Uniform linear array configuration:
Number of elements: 32
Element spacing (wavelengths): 0.25
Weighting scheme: uniform
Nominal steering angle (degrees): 60
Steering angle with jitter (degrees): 59.301
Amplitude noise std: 0.05
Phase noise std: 0.05

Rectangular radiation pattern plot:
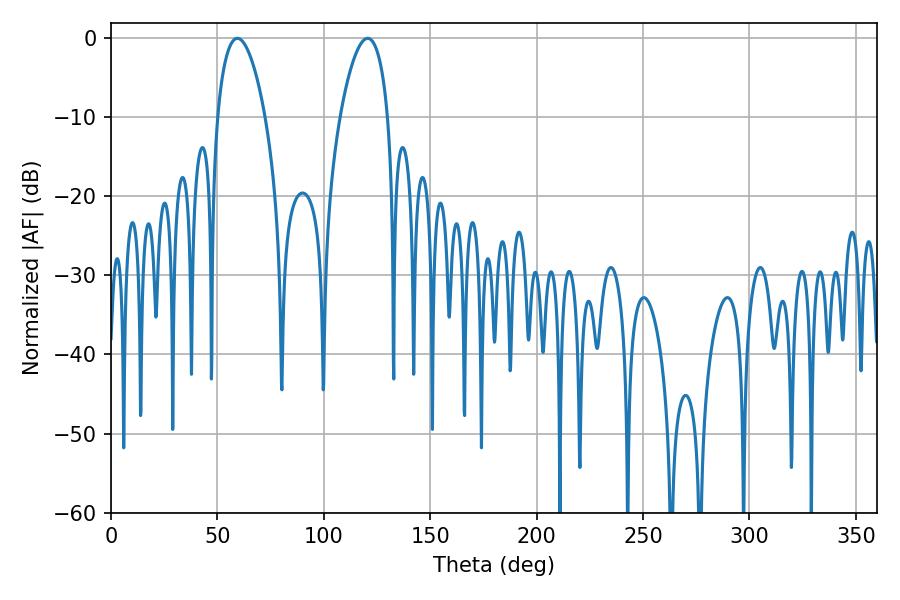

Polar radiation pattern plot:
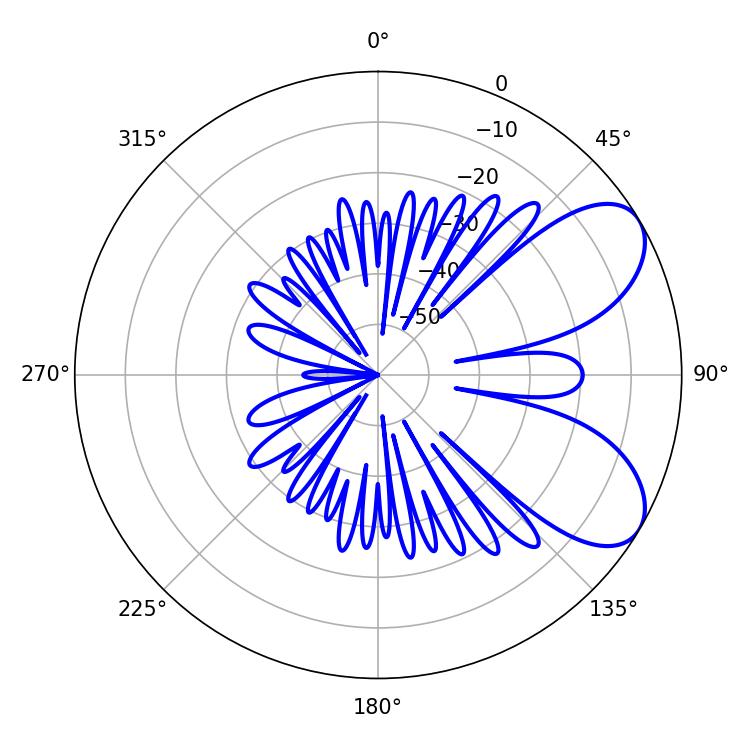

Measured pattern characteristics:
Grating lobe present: FALSE
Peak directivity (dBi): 6.884
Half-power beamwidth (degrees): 12.6
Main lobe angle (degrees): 59.4